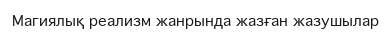
Магиялық реализм жанрында жазған жазушылар